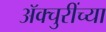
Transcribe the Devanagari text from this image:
ॲक्चुरींच्या